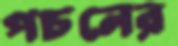
পচনের